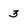
Character: 3